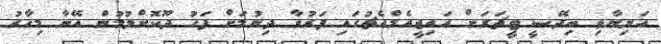
އަނިޔާވި ބިދޭސީ ޓީޗަރަށް އައިޖީއެމްއެޗުގައި ފަރުވާ ދިނުމަށް ފަހު ދޫކޮށްލުމުން އޭނާ މިހާރު